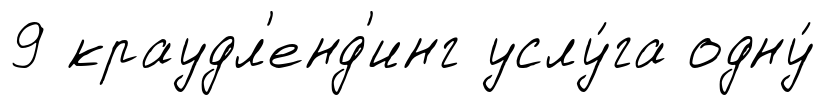
9 краудл'енд'инг услу́га одну́